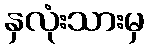
နှလုံးသားမှ